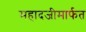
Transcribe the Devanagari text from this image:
महादजीमार्फत